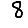
Digit: 8